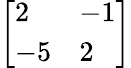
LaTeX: \left[{\begin{array}{ll}{2}&{-1}\\ {-5}&{2}\end{array}}\right]